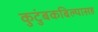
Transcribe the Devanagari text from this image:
कुटुंबकबिल्यासह